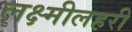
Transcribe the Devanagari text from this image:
लक्ष्मीलहरी